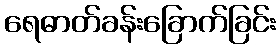
ရေဓာတ်ခန်းခြောက်ခြင်း